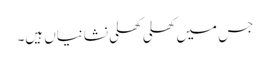
جس میں کھلی کھلی نشانیاں ہیں۔